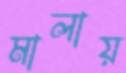
মালায়